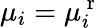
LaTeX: \mu_{i}=\mu_{i}^{\mathrm{~r~}}